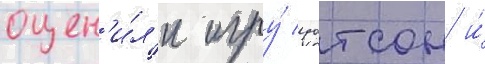
оцен'и́л'и игру́ уотсон и́